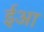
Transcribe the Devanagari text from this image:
ईआ